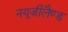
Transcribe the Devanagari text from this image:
नयूजीलैण्ड